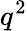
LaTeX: q^{2}